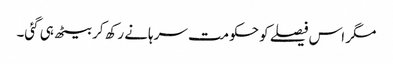
مگر اس فیصلے کو حکومت سرہانے رکھ کر بیٹھ ہی گئی۔